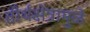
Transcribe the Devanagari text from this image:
तीर्थक्षेत्रामुळे